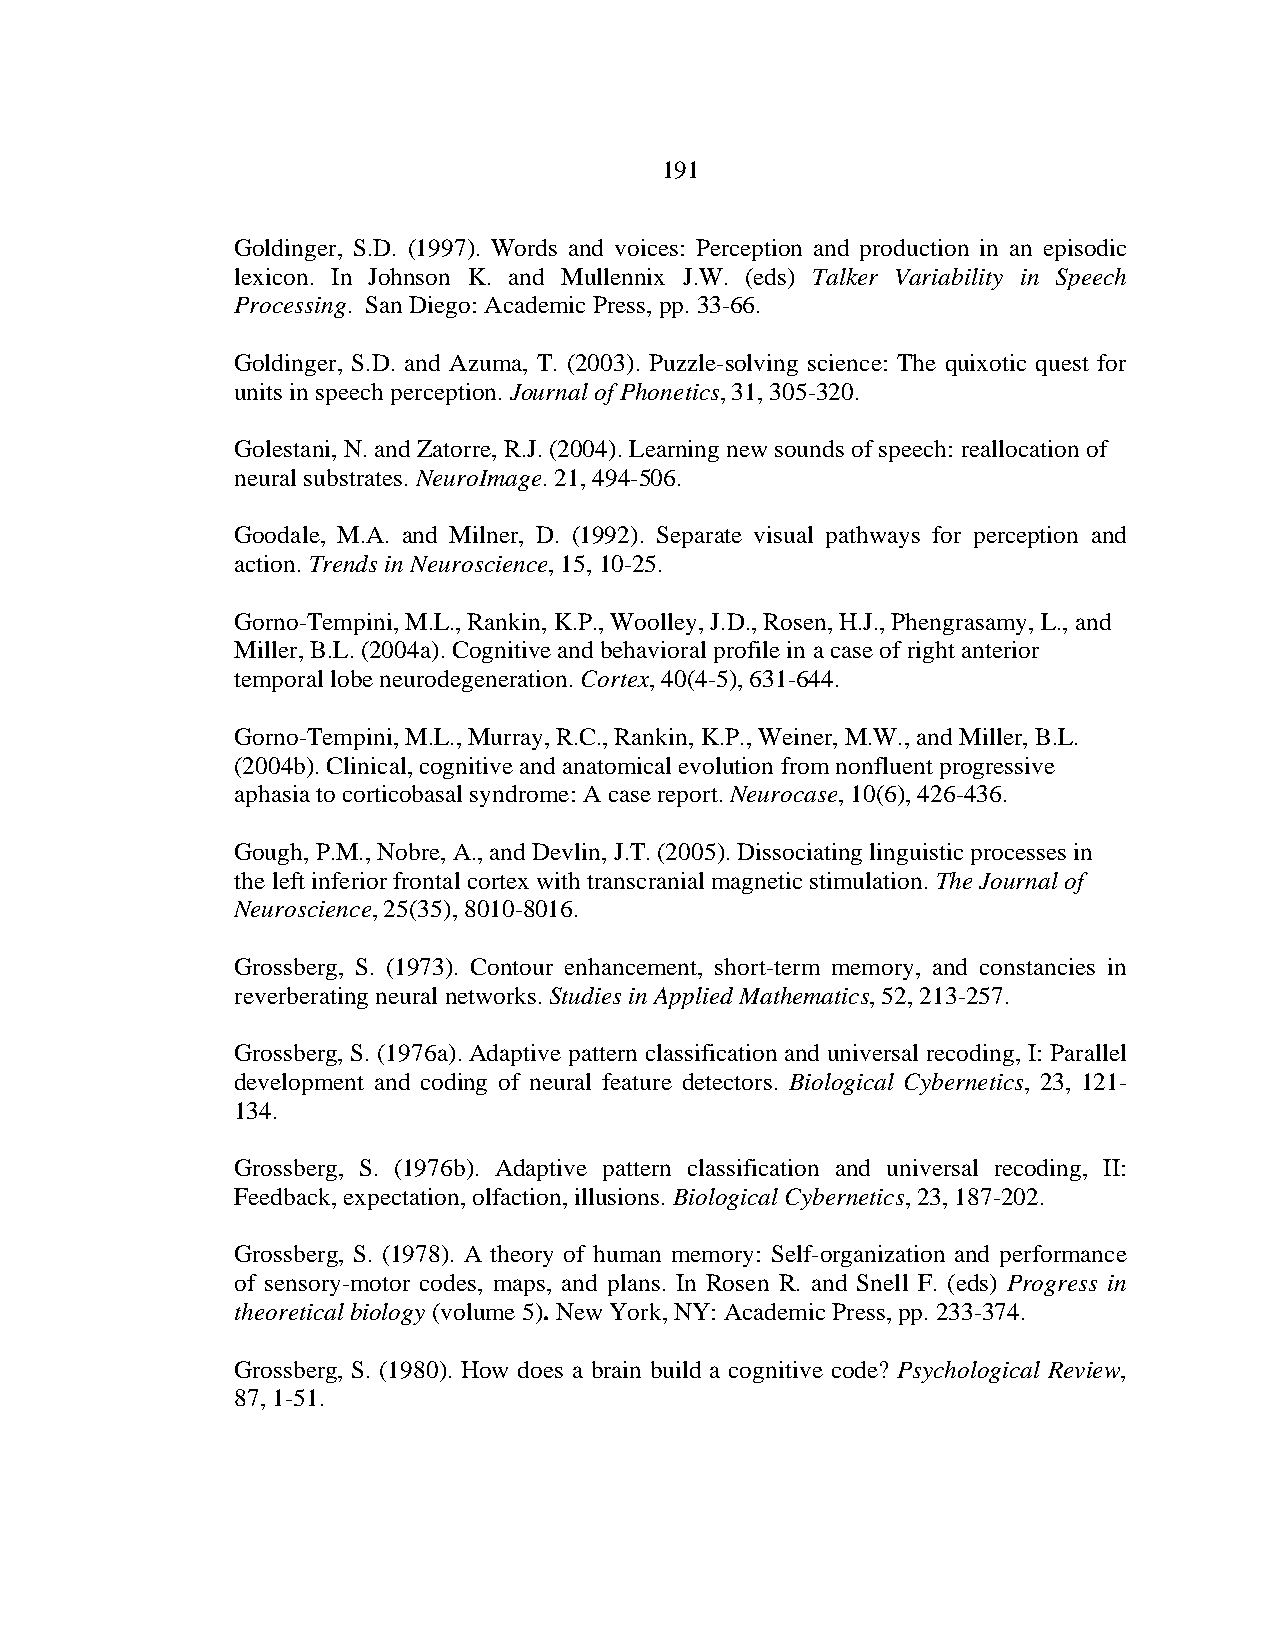
191
 Goldinger, S.D. (1997). Words and voices: Perception and production in an episodic
 lexicon. In Johnson K. and Mullennix J.W. (eds) Talker Variability in Speech
 Processing. San Diego: Academic Press, pp. 33-66.
 Goldinger, S.D. and Azuma, T. (2003). Puzzle-solving science: The quixotic quest for
 units in speech perception. Journal of Phonetics, 31, 305-320.
 Golestani, N. and Zatorre, R.J. (2004). Learning new sounds of speech: reallocation of
 neural substrates. NeuroImage. 21, 494-506.
 Goodale, M.A. and Milner, D. (1992). Separate visual pathways for perception and
 action. Trends in Neuroscience, 15, 10-25.
 Gorno-Tempini, M.L., Rankin, K.P., Woolley, J.D., Rosen, H.J., Phengrasamy, L., and
 Miller, B.L. (2004a). Cognitive and behavioral profile in a case of right anterior
 temporal lobe neurodegeneration. Cortex, 40(4-5), 631-644.
 Gorno-Tempini, M.L., Murray, R.C., Rankin, K.P., Weiner, M.W., and Miller, B.L.
 (2004b). Clinical, cognitive and anatomical evolution from nonfluent progressive
 aphasia to corticobasal syndrome: A case report. Neurocase, 10(6), 426-436.
 Gough, P.M., Nobre, A., and Devlin, J.T. (2005). Dissociating linguistic processes in
 the left inferior frontal cortex with transcranial magnetic stimulation. The Journal of
 Neuroscience, 25(35), 8010-8016.
 Grossberg, S. (1973). Contour enhancement, short-term memory, and constancies in
 reverberating neural networks. Studies in Applied Mathematics, 52, 213-257.
 Grossberg, S. (1976a). Adaptive pattern classification and universal recoding, I: Parallel
 development and coding of neural feature detectors. Biological Cybernetics, 23, 121-
 134.
 Grossberg, S. (1976b). Adaptive pattern classification and universal recoding, II:
 Feedback, expectation, olfaction, illusions. Biological Cybernetics, 23, 187-202.
 Grossberg, S. (1978). A theory of human memory: Self-organization and performance
 of sensory-motor codes, maps, and plans. In Rosen R. and Snell F. (eds) Progress in
 theoretical biology (volume 5). New York, NY: Academic Press, pp. 233-374.
 Grossberg, S. (1980). How does a brain build a cognitive code? Psychological Review,
 87, 1-51.